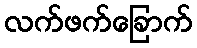
လက်ဖက်ခြောက်